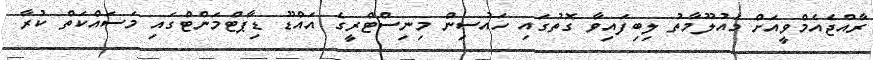
ރާއްޖެއެމްވީއަށް މައުލޫމާތު ލިބިފައިވާ ގޮތުގައި ހައުސިން މިނިސްޓްރީގެ އައްޑޫ ޑިޕާޓްމަންޓްގައި މަސައްކަތް ކުރާ